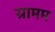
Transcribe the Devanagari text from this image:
ग्रामम